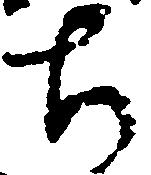
ち